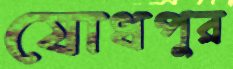
যোধপুর